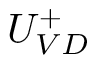
U _ { V D } ^ { + }